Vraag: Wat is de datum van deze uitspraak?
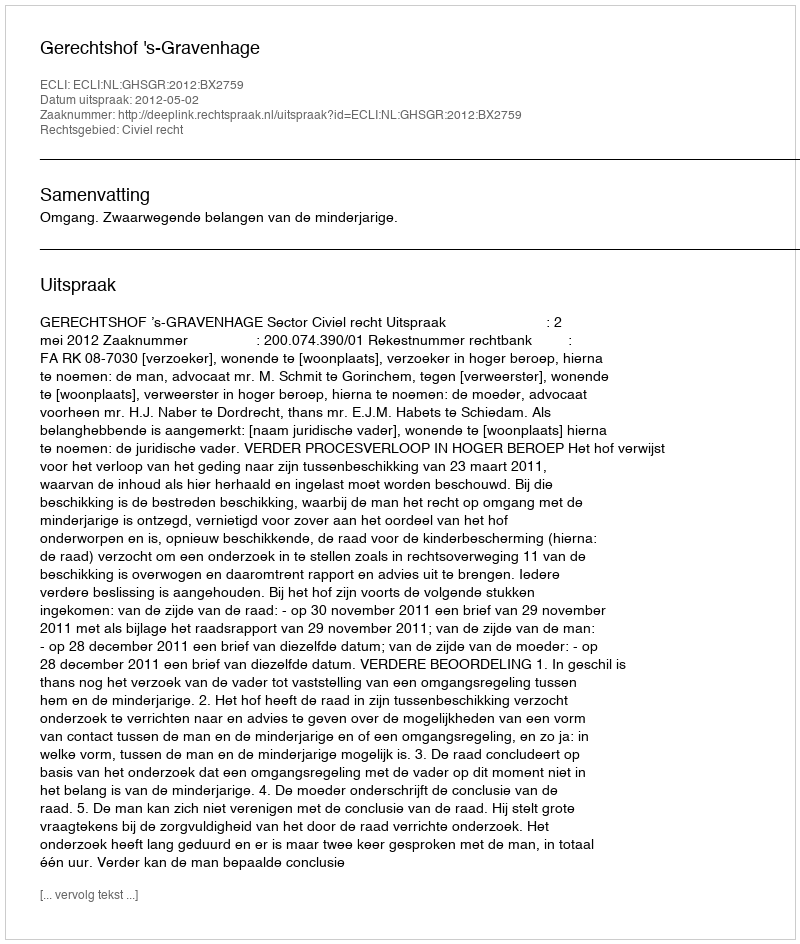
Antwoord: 2012-05-02